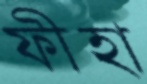
ফীহা